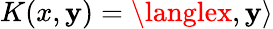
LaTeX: K(x,\mathbf{y})=\langlex,\mathbf{y}\rangle